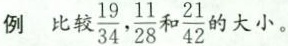
例 比较\frac{19}{34}, \frac{11}{28} 和\frac{21}{42} 的大小。